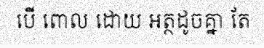
បើ ពោល ដោយ អត្ថដូចគ្នា តែ